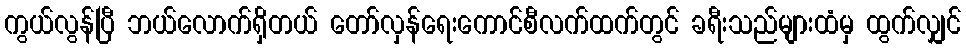
ကွယ်လွန်ပြီ ဘယ်လောက်ရှိတယ် တော်လှန်ရေးကောင်စီလက်ထက်တွင် ခရီးသည်များထံမှ ထွက်လျှင်